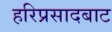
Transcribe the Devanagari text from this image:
हरिप्रसादबाट